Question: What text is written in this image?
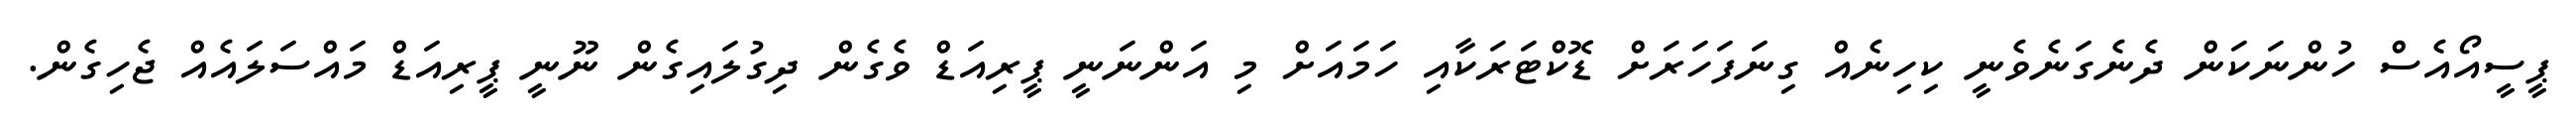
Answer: ޕީސީއޯއެސް ހުންނަކަން ދެނެގަނެވެނީ ކިހިނެއް ގިނަފަހަރަށް ޑޮކްޓަރަކާއި ހަމައަށް މި އަންނަނީ ޕީރިއަޑް ވެގެން ދިގުލައިގެން ނޫނީ ޕީރިއަޑް މައްސަލައެއް ޖެހިގެން.